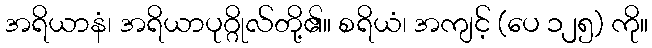
အရိယာနံ၊ အရိယာပုဂ္ဂိုလ်တို့၏။ စရိယံ၊ အကျင့် (ပေ ၁၂၅) ကို။